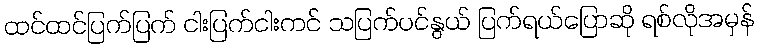
ထင်ထင်ပြက်ပြက် ငါးပြက်ငါးကင် သပြက်ပင်နွယ် ပြက်ရယ်ပြောဆို ရစ်လိုအမှန်